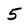
Character: 5